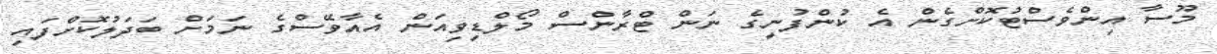
މޫސާ އިންވެސްޓުކޮށްގެން އެ ކުންފުނީގެ ނަން ޓްރާންސް މޯލްޑިވިއަން އެއާވޭސްގެ ނަމަށް ބަދަލުކޮށްފައި